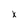
Character: x